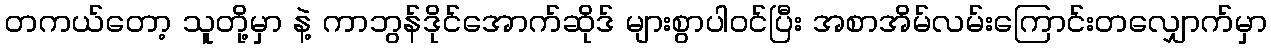
တကယ်တော့ သူတို့မှာ နဲ့ ကာဘွန်ဒိုင်အောက်ဆိုဒ် များစွာပါဝင်ပြီး အစာအိမ်လမ်းကြောင်းတလျှောက်မှာ